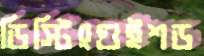
ডিস্টিংগুইশড